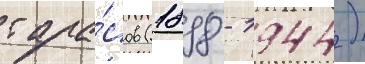
тара́сов (1898 - 1944)